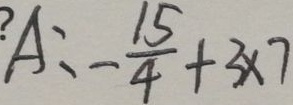
? A : - \frac { 1 5 } { 4 } + 3 \times 7